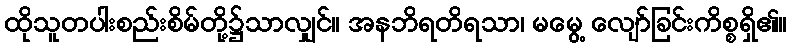
ထိုသူတပါးစည်းစိမ်တို့၌သာလျှင်။ အနဘိရတိရသာ၊ မမွေ့ လျော်ခြင်းကိစ္စရှိ၏။